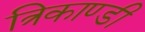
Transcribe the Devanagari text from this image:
त्रिकाण्डी